Report on the bubonic plague in Bombay, 1896-1897
Year: 1896
Disease focus: Plague
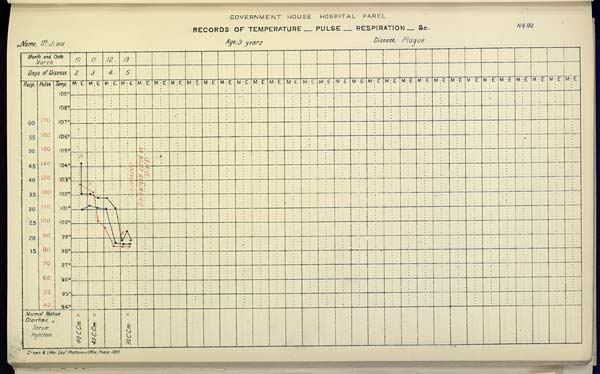
GOVERNMENT HOUSE HOSPITAL PAREL
RECORDS OF TEMPERATURE __ PULSE __ RESPIRATION __ &c. No. 132
Name,
S.
Jiwa
Age,
9
Years
Disease,
Plague
Drawn & Litho: Govt. Photozinco: Office, Poona 1897.